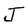
Character: J